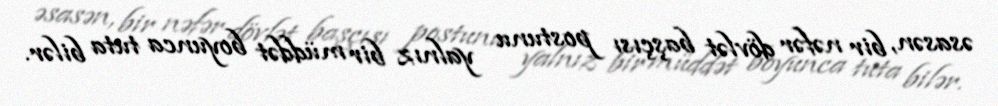
əsasən, bir nəfər dövlət başçısı postunu yalnız bir müddət boyunca tuta bilər.